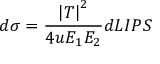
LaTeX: d \sigma = \frac { \left| T \right| ^ { 2 } } { 4 u E _ { 1 } E _ { 2 } } d L I P S